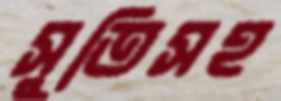
সুতিসহ